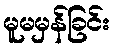
မူမမှန်ခြင်း